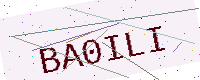
Text: BA0ILI